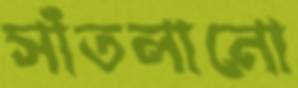
সাঁতলানো